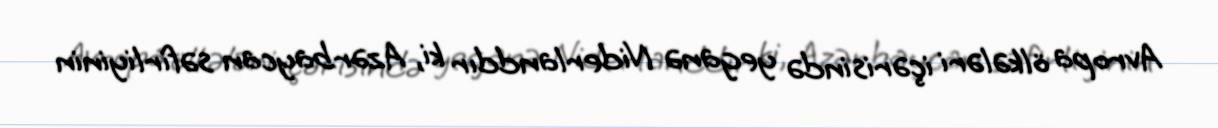
Avropa ölkələri içərisində yeganə Niderlanddır ki, Azərbaycan səfirliyinin